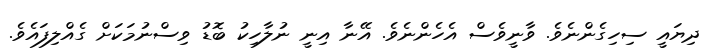
ދިޔައީ ސިހިގެންނެވެ. ވާނީވެސް އެހެންނެވެ. އޭނާ އިނީ ނުލާހިކު ބޮޑު ވިސްނުމަކަށް ގެއްލިފައެވެ.